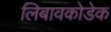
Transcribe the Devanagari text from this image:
लिबावकोडेक